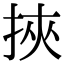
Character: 挾